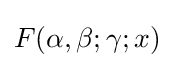
F(\alpha ,\beta ;\gamma ;x)